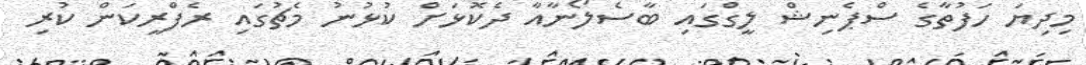
މިދިޔަ ހަފުތާގެ ސްޕެނިޝް ލީގްގައި ބާސެލޯނާއާ ދެކޮޅަށް ކުޅުނު މެޗުގައި ރެފްރީކަން ކުރި